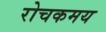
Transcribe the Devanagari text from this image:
रोचकमय